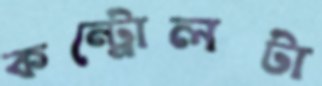
কন্ট্রোলটা